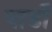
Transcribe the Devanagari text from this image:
यार्डों